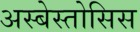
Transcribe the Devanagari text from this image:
अस्बेस्तोसिस